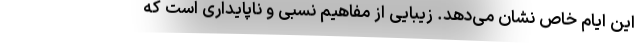
این ایام خاص نشان می‌دهد. زیبایی از مفاهیم نسبی و ناپایداری است که